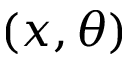
( x , \theta )